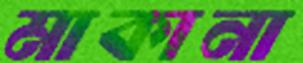
মাকানা